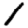
Digit: 1